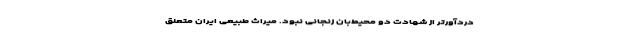
دردآورتر از شهادت دو محیط‌بان زنجانی نبود. میراث طبیعی ایران متعلق